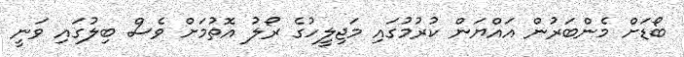
ބޯޑަށް މެންބަރުން އައްޔަން ކުރުމުގައި މަޖިލީހުގެ ރޯލު އޮތުމަށް ވެސް ބިލުގައި ވަނީ